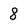
Character: 8